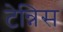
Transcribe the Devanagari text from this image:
टेन्निस